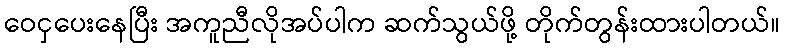
ဝေငှပေးနေပြီး အကူညီလိုအပ်ပါက ဆက်သွယ်ဖို့ တိုက်တွန်းထားပါတယ်။